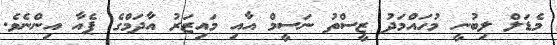
މެޑަލް ލިބުނީ މުހައްމަދު ޒީސްތު ނަސީމް އާއި މައިޒަރު އާދަމްގެ ޕެއާ އިންނެވެ.